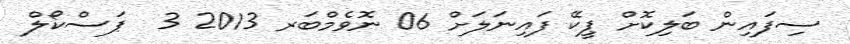
ސިފައިން ބަލިކޮށް ޕީކޭ ފައިނަލަށް 06 ނޮވެމްބަރ 2013 3  ޕަސްކޯލް